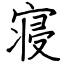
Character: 寝